Medical and sanitary report on the native army of Bombay for the year
Year: 1878
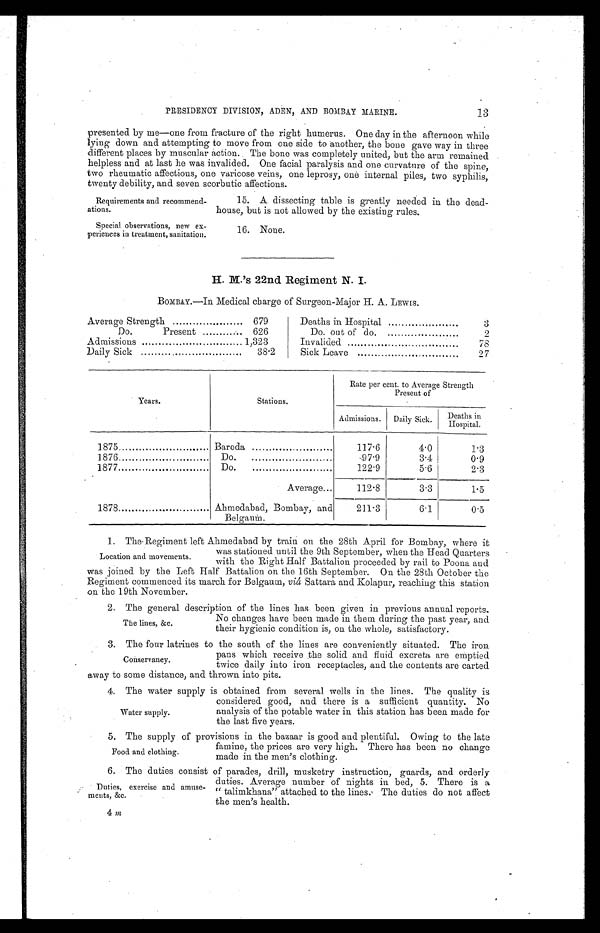
PRESIDENCY DIVISION, ADEN, AND BOMBAY MARINE.
presented by me—one from fracture of the right humerus. One day in the afternoon while
lying down and attempting to move from one side to another, the bone gave way in three
different places by muscular action. The bone was completely united, but the arm remained
helpless and at last he was invalided. One facial paralysis and one curvature of the spine,
two rheumatic affections ; one varicose veins, one leprosy, one internal piles, two syphilis,
twenty debility, and seven scorbutic affections.
13
Requirements and recommend-
ations.
Special observations, new ex-
periences in treatment, sanitation.
15. A dissecting table is greatly needed in the dead-
house, but is not allowed by the existing rules.
16. None
H. M .’s 22nd Regiment N. I.
BOMBAY.—In Medical charge of Surgeon-Major H. A. LEWIS.
Average Strength
679
Deaths in Hospital .
3
Do.
Present
626
Do. out of do.
2
Admissions
1,323
Invalided
78
Daily Sick
38.2
Sick Leave
27
Years.
Stations.
Rate per cent. to Average Strength
Present of
Admissions.
Daily Sick.
D e a t h s i n
H o s p i t a l .
1875
Baroda
117.6
4.0
1.3
1876
Do.
97.9
3.4
0.9
1877
Do.
122.9
5.6
2.3
Average...
112.8
3.3
1.5
1878
Ahmedabad, Bombay, and
Belgaum.
211.3
6.1
0.5
1. The Regiment left Ahmedabad by train on the 28th April for Bombay, where it
Location and movements.
was stationed until the 9th September, when the Head Quarters
with the Right Half Battalion proceeded by rail to Poona and
was joined by the Left Half Battalion on the 16th September. On the 28th October the
Regiment commenced its march for Belgaum, viá Sattara and Kolapur, reaching this station
on the 19th November.
2. The general description of the lines has been given in previous annual reports.
The lines, &c.
No changes have been made in them during the past year, and
their hygienic condition is, on the whole, satisfactory.
3. The four latrines to the south of the lines are conveniently situated. The iron
Conservancy.
pans which receive the solid and fluid excreta are emptied
twice daily into iron receptacles, and the contents are carted
away to some distance, and thrown into pits.
4. The water supply is obtained from several wells in the lines. The quality is
considered good, and there is a sufficient quantity. No
analysis of the potable water in this station has been made for
the last five years.
5. The supply of provisions in tile bazaar is good and plentiful. Owin g to the late
Owin
Food and clothing.
6. The duties consist of
,
p arades. drill. musketr y i
nstruction, guards, and orderly
,
,
.,
, _
,
.
duties. Average number of nights in bed, 5. There is a
“ talimkhana” attached to the lines. The duties do not affect
the men’s health.
Water supply.
famine, the prices are very high. There has been no change
made in the men’s clothing.
; Duties, exercise and amuse-
ments, &c.
4 m